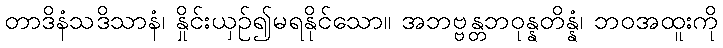
တာဒိနံသဒိသာနံ၊ နှိုင်းယှဉ်၍မရနိုင်သော။ အဘဗ္ဗန္တဘဝုန္နတိန္နံ၊ ဘဝအထူးကို